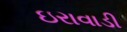
ઇરાવાડી